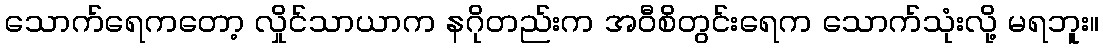
သောက်ရေကတော့ လှိုင်သာယာက နဂိုတည်းက အဝီစိတွင်းရေက သောက်သုံးလို့ မရဘူး။